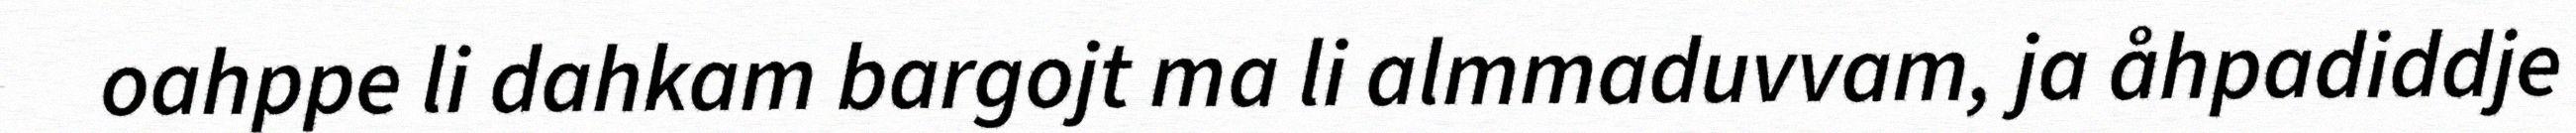
oahppe li dahkam bargojt ma li almmaduvvam, ja åhpadiddje